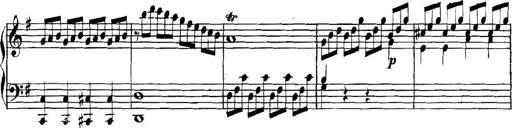
Title: Collected Piano Sonatas
Composer: Muzio Clementi